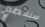
سنقطع